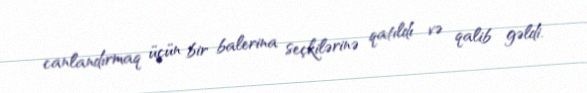
canlandırmaq üçün bir balerina seçkilərinə qatıldı və qalib gəldi.